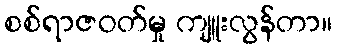
စစ်ရာဇဝတ်မှု ကျူးလွန်တာ။